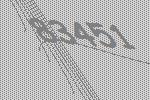
83451